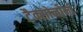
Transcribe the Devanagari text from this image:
टैक्सोनोमी